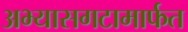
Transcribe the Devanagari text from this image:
अभ्यासगटामार्फत